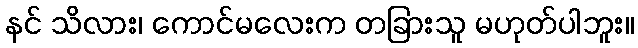
နင် သိလား၊ ကောင်မလေးက တခြားသူ မဟုတ်ပါဘူး။